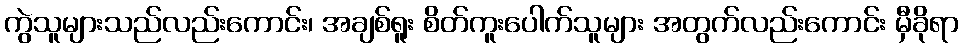
ကွဲသူများသည်လည်းကောင်း၊ အချစ်ရူး စိတ်ကူးပေါက်သူများ အတွက်လည်းကောင်း မှီခိုရာ